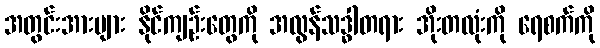
အတွင်းအားများ နိုင်ကျဉ်းတွေကို အလွန်သဒ္ဓါတရား အိုးတလုံးကို ရေစက်ကို